Vital statistics of India. Vol. VI, European troops 1870-79
Year: 1870
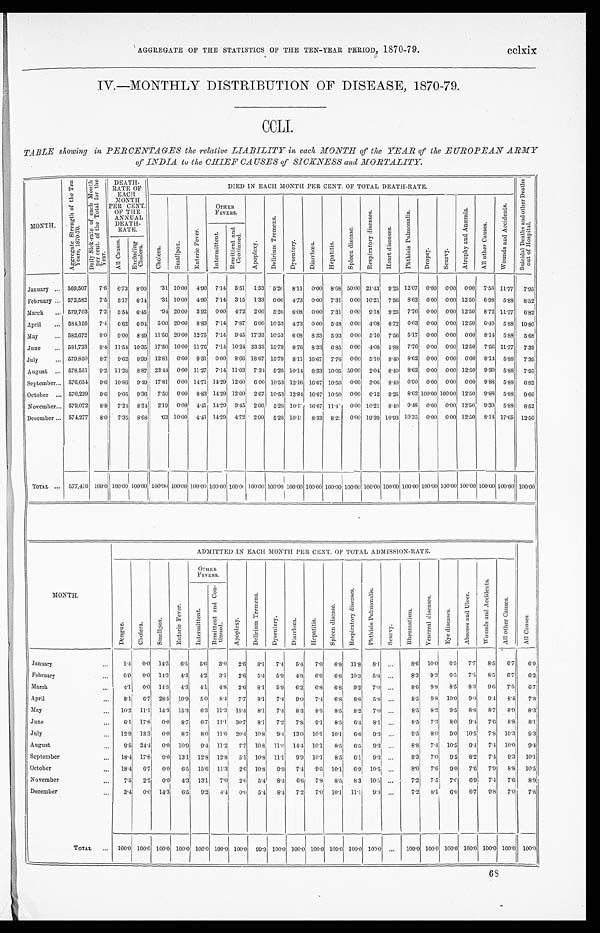
AGGREGATE OF THE STATISTICS OF THE TEN-YEAR PERIOD, 1870-79.
cclxix
IV.—MONTHLY DISTRIBUTION OF DISEASE, 1870-79.
CCLI.
TABLE showing in PERCENTAGES the relative LIABILITY in cach MONTH of the YEAR of the EUROPEAN ARMY
of INDIA to the CHIEF CA USES of SICKNESS and MORTALITY
MONTH.
A g g r e g a t e S t r e n g t h o f t h e t e n Y e a r s , 1 8 7 0 - 7 9 .
D a i l y S i c k - r a t e o f e a c h M o n t h p e r c e n t . o f t h e T o t a l f o r t h e y e a r .
DEATH-
RATE OF
EACH.
MONTH
PER CENT.
OF THE
ANNUAL
DEATH- RATE.
DIED IN EACH MONTH PER CENT. OF TOTAL DEATH-RATE.
S u i c i d a l D e a t h s a n d o t h e r D e a t h s o u t o f H o s p i t a l .
C h o l e r a .
S m a l l p o x .
E n t e r i c F e v e r .
OTHER FEVERS.
A p o p l e x y .
D e l i r i u m t r e m e a n s .
D y s e n t e r y .
D i a r r h œ a .
H e p a t i t i s .
S p l e e n d i s e a s e .
R e s p i r a t o r y d i s e a s e s
H e a r t d i s e a s e s .
P h t h i s i s P u l m o n a l i s .
D r o p s y .
S c u r v y .
A t r o p h y a n d A n æ m i a .
A l l o t h e r C a u s e s .
W o u n d s a n d A c c i d e n t s .
I n t e r m i t t e n t .
R e m i t t e n t a n d C o n t i n u e d .
A l l C a u s e s . E x c l u d i n g C h o l e r a .
January
. . .
569,507
7.6 6.73 8.00
.31 10.00 4.90 7.14 5.51 1.33 5.20 8.11 0.00 8.68 50.00 21.43 9.25 12.07 0.00 0.00 0.00 7.56 11.77 7.95
February
. . . 572,582
7.5 5.17 6.14
.31 10.10 4.90 7.14 3.15 1.33 0.00 4.73 0.00 7.31 0.00 10.21 7.50 8.62 0.00 0.00 12.50 6.98 5.88 8.52
March
... 579,703
7.2 5.54 6.45
.94 20.00 3.92 0.00 4.72 2.00 5.26 6.08 0.00 7.31 0.00 9.18 9.25 7.76 0.00 0.00 12.50 8.72 11.77
6.82
April
... . . . 584, 156
7.4
6.62 6.94 5.00 20.10 8.83 7.14 7.87 6.00 10.53 4.73 0.00 5.48 0.00 4.08 6.72 603 0.00 0.00 12.50 6.40 5.88 10.80
May
... . . . 582,672
8.0 9.00 8.49 11.56 20.00 12.75 7.14 9.45 17.33 10.53 6.08 8.33 5.93 0.00 5.10 7.56 5.17 0.00 0.00 0.00 8.14 5.88
5.68
June
... . . . 581,733
8.4 11.54 10.35 17.50 10.00 11.76 7.14 10.24 33.33 15.79 6.76 8.33 6.85 0.00 4.08 5.88 7.76 0.00 0.00 12.50 7.56 11.77
7.39
July
... 579,850
8.7
9.62 8.99 12.81 0.00 9.31 0.00 8.66 18.67 15.79 8.11 16.'67 7.76 0.00 5.10 8.40 S.62 0..0 0.00 0.00 8.14 5.88 7.39
August ... 578,551
9.2 11.28 8.87 23.44 0.00 11.27 7.14 11.03 7.34 5.26 10.14 8.33 10.05 50.00 2.04 8.40 8.62 0.00 0.'00 12.50 9.30 5.88 7.95
September... . . . 576,654
9.6 10.86 9.40 17.81 0.00 14.71 14.29 12.10 6.00 10.53 12.16 16.67 10.50 0.00 3.06 8.40 6.90 0.00 0.00 0.00 0'88 5.88
6.82
October
. . . 570,239
9.6 9.05 9.36 7.50 0.00 8.83 14.29 12.60 2.67 10.53 12.84 16.67 10.50 0.00 6.12 9.25
8 . 6 2
8.621 1 0 0
. 0 0 100.00 12.50 9.88 5.88
9.66
November... . . . 579,072
8.8 7.24 8.24
2.19 0.00 4.41 14.29 9.45 2.00 5.26 10.13 10.67 11.4[ILL] 0.00 10.21 8.40 9.48 0.00 0.00 12.50 9.30 5.88
8.5
December ... 574,277
8.0 735 8.68
.63 10.00
441 14.29 4.72 2.00 5.26
10.13 8.33 8.22 0.00 10.39 10.93 10.35 0.00 0.00 12.50 8.14 17.65 12.50
TOTAL
. . . 577,416 100.0 100.00 100.00 100.00 100.00 100.00 100.00
100.00 100.00 100.00 100.00 100.00 100.00 100.00 100.00 100.00 100.00 100.00 100.00 100.00 100.00 100.00 100.00
ADMITTED IN EACH MONTH PER CENT. OF TOTAL ADMISSION-RATE.
A l l C a u s e s .
MONTH.
D e n g u e .C
h o l e r a .
S m a l l p o x .
E n t e r i c F e v e r .
I n t e r m i t t e n t .
OTHER
FEVERS.
A p o p l e x y .
D e l i r i u m t r e m e a n s .
D y s e n t e r y .
D i a r r h œ a .
H e p a t i t i s .
S p l e e n d i s e a s e .
R e s p i r a t o r y d i s e a s e s
P h t h i s i s P u l m o n a l i s .
S c u r v y .
R h e u m a t i s m .
V e n e r e a l d i s e a s e s .
E y e d i s e a s e s .
A b s c e s s a n d U l c e r .
W o u n d s a n d A c c i d e n t s .
A l l o t h e r C a u s e s .
I n t e r m i t t e n t .
R e m i t t e n t a n d C o n -
t i nued.
January
. . .
1.4
0.0 14.3
6.5
5.6
3.0
2.6
8.1
7.4
5.4
7.0
6.8 11.8
8.1 ...
8.6 10.0
6.5
7.7
8.5
6.7
6.9
February
...
0.0
0.0 14.3
4.3
4.2
3.1
2.6
5.4
5.9
4.8
6.6
6.8 10.3
5.8 ...
8.3
9.3
6.5
7.5
8.5
67
6.2
March
. . .
4.1
0.0 14.3
4.3
4.1
4.8
2.6
8.1
5.9
6.2
6.8
6.8
9.. 2 7.0 ...
8.6
9.8 8.5
83
9 . 6 7.5
6.7
April
...
8 . 1 6.7 28.5 10.9
5.0
8.4
7.7
8.1
7.4
9.0
7.4
6.8
8.6
5.8 . . .
8.5
0.8 10.0
9.0
9.4
8.4
78
May
. . .
1 0 . 2 11.1 14.3 15.3
6.3 11.3 15.4
8.1
7.4
8.3
8 . 5
8.5
8.2
7.0 ...
8.5
8.2
9.5
8.8
87
8.9
8.3
June
. . .
6 . 1 17.8
0.0
8.7
6.7 11.1 30.7
8.1
7.2
7.8
9.1
8.5
6.4
8.1 ...
8.-5
7.3
8.0
9 . 4 7.6
8.8
8.1
July
. . .
1 2 . 9 13.3
0.0
8.7' 8.0 11.6 20.4 10.8
9.4 13.0 10.1 10.1
6.6
9.3 ...
9.5
8.0
9.0 10.5
7.8 10.3
9.3
August
. . .
9.5 24.4
0.0 10.0
9.4 11.2
7.7 10.8 11.6 14.4 10.1
8.5
6.5
9.3 ...
8.-8
7.4 10.5
9.4
7.4 10.0
9.4
September
. . .
18.4 17.8
0.0 13.1 12.1 12.8
5.1 10.8 11.1
9.9 10.1
8.5
6.1
9.3 ...
8.3
7.0
9.5
8.2
7.4.
9.3 10.1
October
. . .
18.4
6.7
0.0
6.5 15.6 11.3
2.6 10.8
9.9
7.4
9.5 10.1
6.9 10.5 ...
8.0
7.6
9.0
7.6
7.9
8.8 10.5
November
. . .
7 . 5 2.2
0.0
4.3 13.1
7.0
2.6
5.4
8.4
6.6
7.8
8.5
8 3 10.5 ...
7.2
7.5 7.1
6.9
7.4
7.6
8.9
December
. . .
3 . 4 0.0 14.3
6.5
9 . 2 4.4
0.0
5.4
8.4
7.2
7.0
10.1 11.1
9 . 3 ...
7.2
8.1
6.0
6.7
9.8
7.0
7.8
ToTAL
... 100.0 100.0 100.0 100.0 100.0 100.0 100.0 99.9
1 0 0 . 0
100.0 100.0 100.0 100.0 100.0 ...
100.0 100.0 100.0 100.0 100.0 100.0 100.0
68